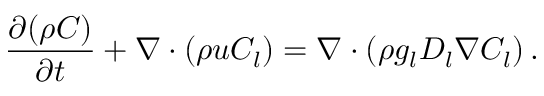
\frac { \partial ( \rho C ) } { \partial t } + \nabla \cdot ( \rho \boldsymbol { u } C _ { l } ) = \nabla \cdot \left( \rho g _ { l } D _ { l } \nabla C _ { l } \right) .